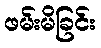
ဖမ်းမိခြင်း